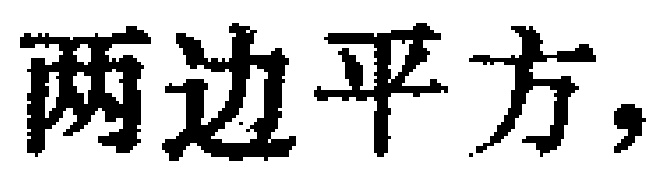
两边平方，